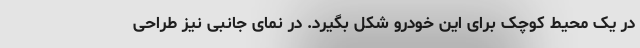
در یک محیط کوچک برای این خودرو شکل بگیرد. در نمای جانبی نیز طراحی